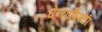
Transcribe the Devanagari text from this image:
घेण्‍याविषयी